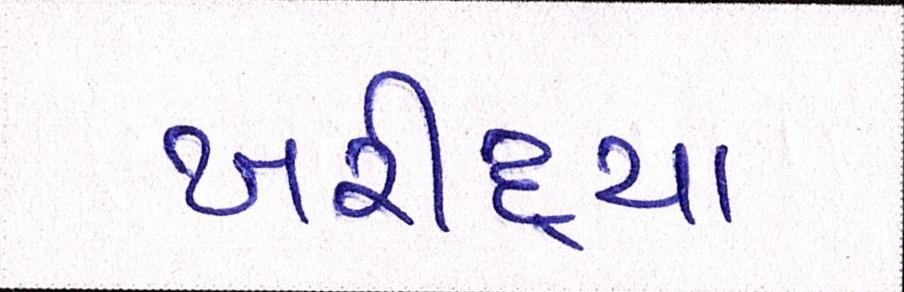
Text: ખરીદ્યા